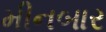
મીનબાર